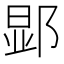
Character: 𮷬